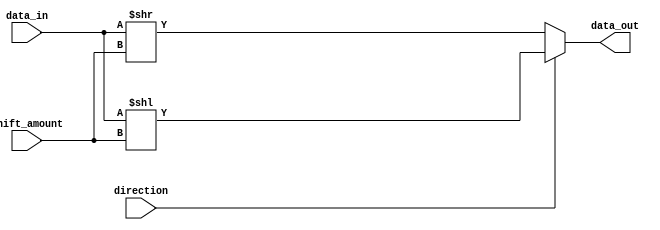
module barrel_shifter(
    input [31:0] data_in,
    input [4:0] shift_amount,
    input direction, // 0 for right shift, 1 for left shift
    output [31:0] data_out
);

reg [31:0] shifted_data;

always @(*) begin
    if(direction == 1) begin // Left shift
        shifted_data = data_in << shift_amount;
    end else begin // Right shift
        shifted_data = data_in >> shift_amount;
    end
end

assign data_out = shifted_data;

endmodule